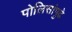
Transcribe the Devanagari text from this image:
पोलिसांपुढे